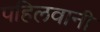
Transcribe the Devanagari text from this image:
पहिलवानी